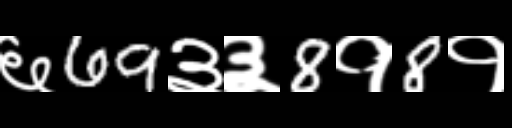
Text: ६69३३8१8१